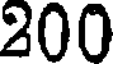
200